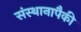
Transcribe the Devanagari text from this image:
संस्थानापैकी